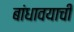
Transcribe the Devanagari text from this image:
बांधावयाची